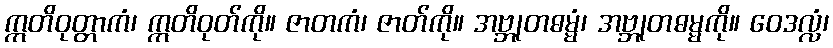
ဣတိဝုတ္တာကံ၊ ဣတိဝုတ်ကို။ ဇာတကံ၊ ဇာတ်ကို။ အဗ္ဘုတဓမ္မံ၊ အဗ္ဘုတဓမ္မကို။ ဝေဒလ္လံ၊